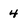
Character: 4